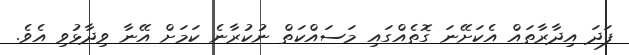
ފަދަ އިދާރާތައް އެކަށޭނަ ގޮތެއްގައި މަސައްކަތް ނުކުރާނެ ކަމަށް އޭނާ ވިދާޅުވި އެވެ.